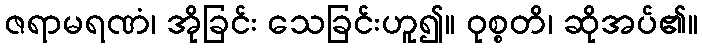
ဇရာမရဏံ၊ အိုခြင်း သေခြင်းဟူ၍။ ဝုစ္စတိ၊ ဆိုအပ်၏။